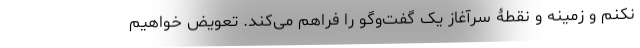
نکنم و زمینه و نقطۀ سرآغاز یک گفت‌وگو را فراهم می‌کند. تعویض خواهیم